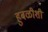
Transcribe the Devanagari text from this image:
हुबळीशी